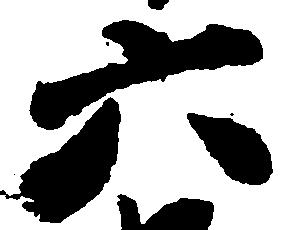
六